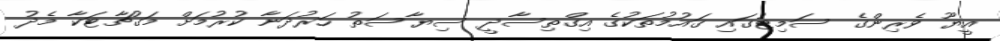
އީޔޫ ވެރިންގެ ސަމިޓުގައި ގައުމުތަކުގެ އިގްތިސާދީ ސިޔާސަތު ހަރުދަނާ ކުރުމަށް މަގުޗާޓަކާ މެދު